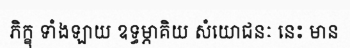
ភិក្ខុ ទាំងឡាយ ឧទ្ធម្ភាគិយ សំយោជនៈ នេះ មាន